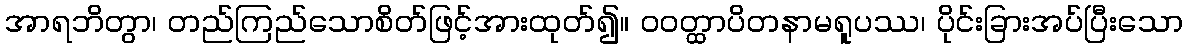
အာရဘိတွာ၊ တည်ကြည်သောစိတ်ဖြင့်အားထုတ်၍။ ဝဝတ္ထာပိတနာမရူပဿ၊ ပိုင်းခြားအပ်ပြီးသော